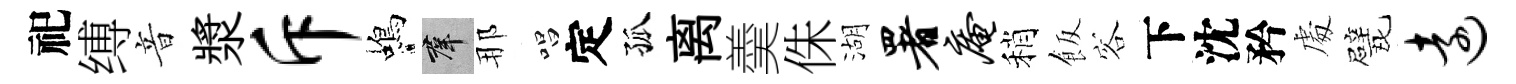
祀缚音漿斥蝎群那唱定孤离羮侏湖署庵稍飯容下沈矜䖏戏远